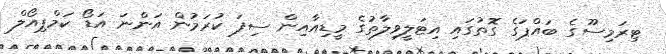
ޓިރަމިސޫގެ ބައްޕަގެ ގޮތުގައި އިޓަލީވިލާތުގެ މީޑިއާއިން ސިފަ ކުރަމުން އަންނަ އަޑޯ ކަމްޕިއޯލް